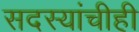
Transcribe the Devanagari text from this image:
सदस्यांचीही